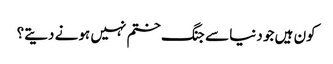
کون ہیں جو دنیا سے جنگ ختم نہیں ہونے دیتے؟